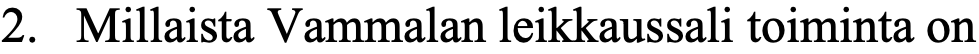
2. Millaista Vammalan leikkaussali toiminta on